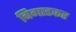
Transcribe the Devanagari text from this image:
बिगाडकर